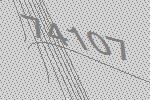
74107